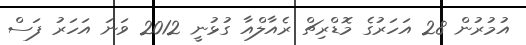
އުމުރުން 28 އަހަރުގެ މޮޑްރިޗް ރެއާލްއާ ގުޅުނީ 2012 ވަނަ އަހަރު ފަސް